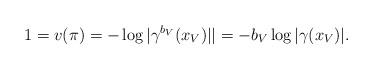
LaTeX: \begin{align*}1 = v(\pi) = - \log |\gamma^{b_V}(x_V)| | = - b_V \log |\gamma(x_V)|.\end{align*}